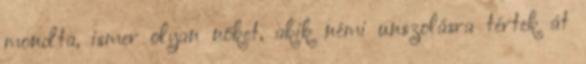
mondta, ismer olyan nőket, akik némi unszolásra tértek át